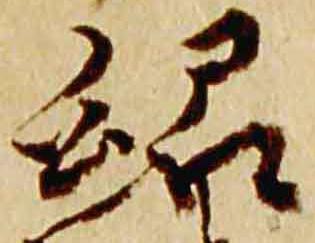
紹